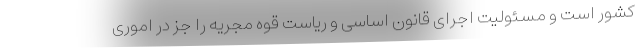
کشور است و مسئولیت اجرای قانون اساسی و ریاست قوه مجریه را جز در اموری